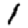
Digit: 1